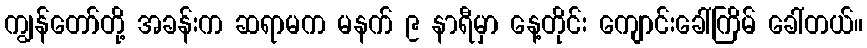
ကျွန်တော်တို့ အခန်းက ဆရာမက မနက် ၉ နာရီမှာ နေ့တိုင်း ကျောင်းခေါ်ကြိမ် ခေါ်တယ်။